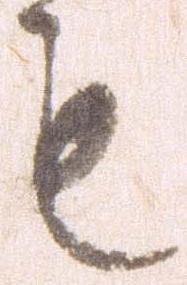
も